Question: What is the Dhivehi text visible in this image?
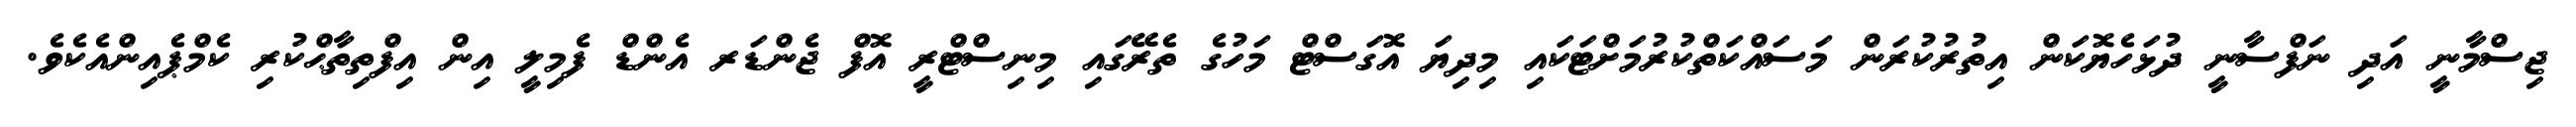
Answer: ޖިސްމާނީ އަދި ނަފްސާނީ ދުޅަހެޔޮކަން އިތުރުކުރަން މަސައްކަތްކުރުމަށްޓަކައި މިދިޔަ އޮގަސްޓް މަހުގެ ތެރޭގައި މިނިސްޓްރީ އޮފް ޖެންޑަރ އެންޑް ފެމިލީ އިން އިފްތިތާޙްކުރި ކެމްޕެއިންއެކެވެ.